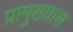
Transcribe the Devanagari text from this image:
प्रामुख्यास